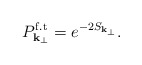
\begin{align*}P^{\rm f.t}_{{\bf k}_{\perp}} = e^{-2S_{{\bf k}_{\perp}}}.\end{align*}